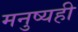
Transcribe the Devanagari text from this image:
मनुष्यही